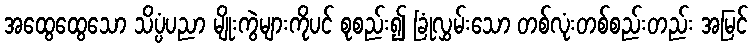
အထွေထွေသော သိပ္ပံပညာ မျိုးကွဲများကိုပင် စုစည်း၍ ခြုံလွှမ်းသော တစ်လုံးတစ်စည်းတည်း အမြင်